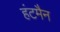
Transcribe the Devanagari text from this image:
हंटमैन